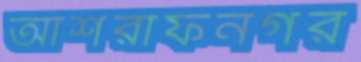
আশরাফনগর